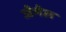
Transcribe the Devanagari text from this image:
जेमेल